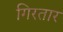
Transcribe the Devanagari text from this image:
गिरतार